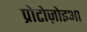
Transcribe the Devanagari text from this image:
प्रोटोज़ोइआ